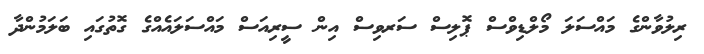
ރިލުވާންގެ މައްސަލަ މޯލްޑިވްސް ޕޮލިސް ސަރވިސް އިން ސީރިއަސް މައްސަލައެއްގެ ގޮތުގައި ބަލަމުންދާ